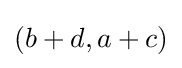
(b+d,a+c)